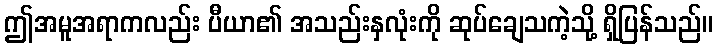
ဤအမူအရာကလည်း ပီယာ၏ အသည်းနှလုံးကို ဆုပ်ချေသကဲ့သို့ ရှိပြန်သည်။